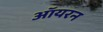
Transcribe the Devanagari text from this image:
ऑयरन